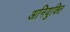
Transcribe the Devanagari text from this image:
अनियुक्ति